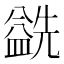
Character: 𰥅